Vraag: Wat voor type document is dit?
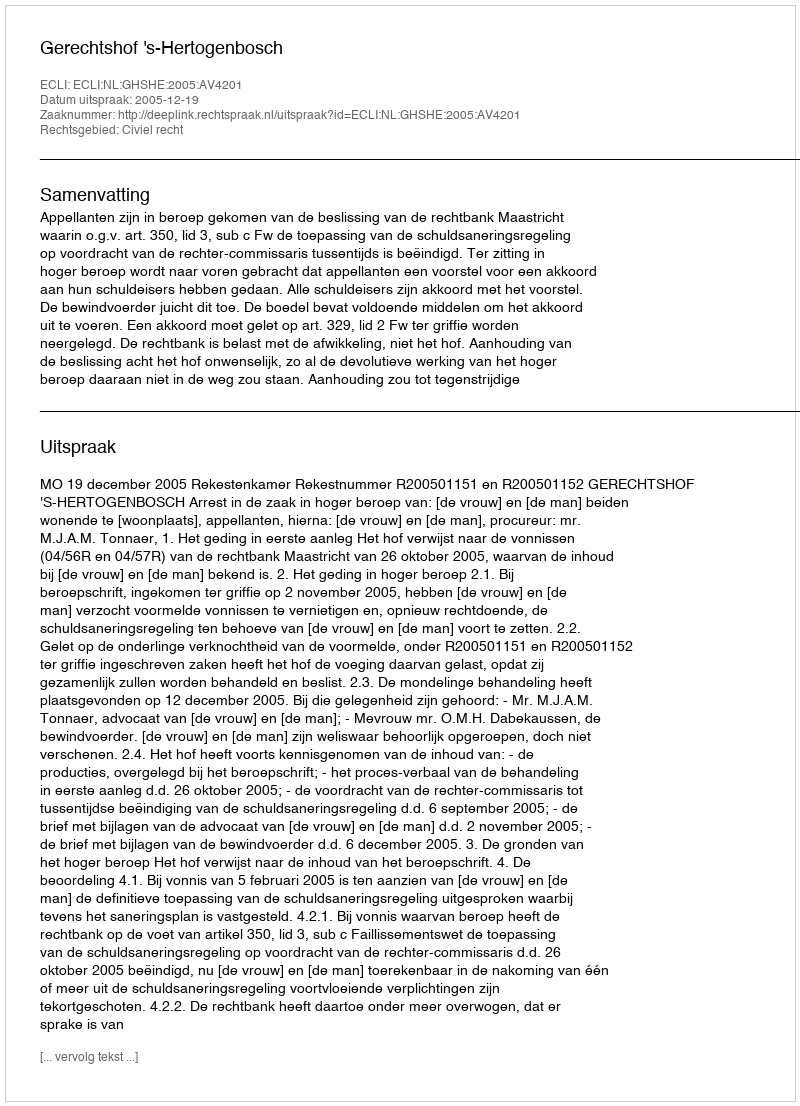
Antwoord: Uitspraak